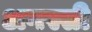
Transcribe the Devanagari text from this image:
अगस्सी